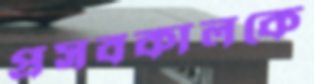
প্রসবকালকে